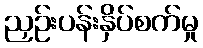
ညှဉ်းပန်းနှိပ်စက်မှု